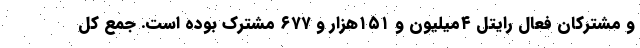
و مشترکان فعال رایتل ۴میلیون و ۱۵۱هزار و ۶۷۷ مشترک بوده است. جمع کل